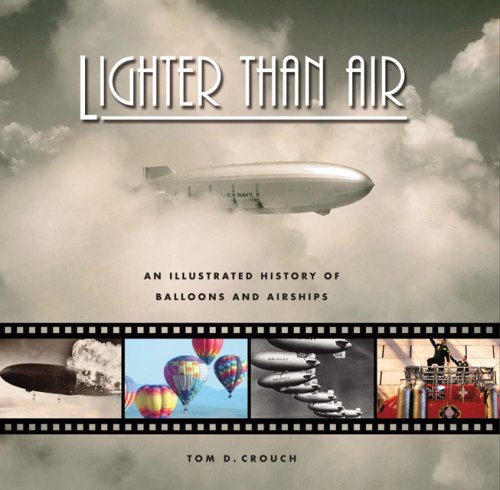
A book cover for Lighter Than Air: An Illustrated History of Balloons and Airships; Tom D. Crouch; Arts & Photography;